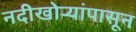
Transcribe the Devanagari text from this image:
नदीखोर्‍यांपासून